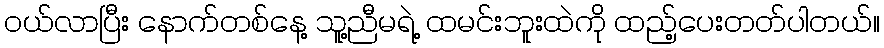
ဝယ်လာပြီး နောက်တစ်နေ့ သူ့ညီမရဲ့ ထမင်းဘူးထဲကို ထည့်ပေးတတ်ပါတယ်။